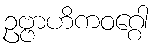
ဥဗ္ဗာဟိကဝဂ္ဂေါ